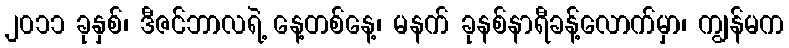
၂၀၁၁ ခုနှစ်၊ ဒီဇင်ဘာလရဲ့ နေ့တစ်နေ့၊ မနက် ခုနစ်နာရီခန့်လောက်မှာ၊ ကျွန်မက